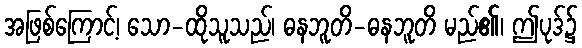
အဖြစ်ကြောင့်၊ သော-ထိုသူသည်၊ ဓနဘူတိ-ဓနဘူတိ မည်၏၊ ဤပုဒ်၌